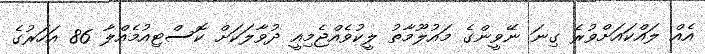
އެއް ލައްކައަށްވުރެ ގިނަ ނޭވީންގެ މައުލޫމާތު ލީކުވެއްޖެމިއީ ދުވާލަކަށް ކޮސްޓިއުމެއްލާ 86 އަހަރުގެ